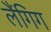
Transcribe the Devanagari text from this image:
लैंगिग